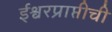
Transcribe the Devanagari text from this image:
ईश्वरप्राप्तीची